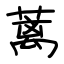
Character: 蓠